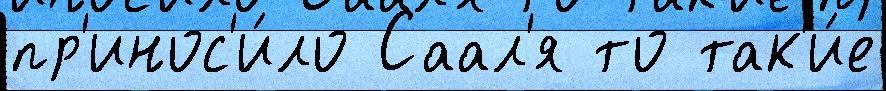
пр'инос'и́ло Саал'я то так'и́е